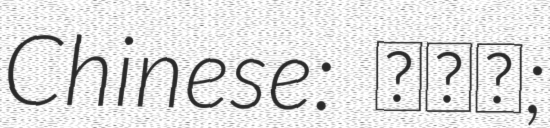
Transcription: Chinese: 梓龍鄉;